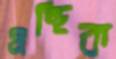
গ্রন্থিক